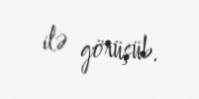
ilə görüşüb.